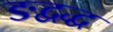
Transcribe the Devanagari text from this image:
ङद्वद्ध